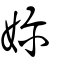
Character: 嬭